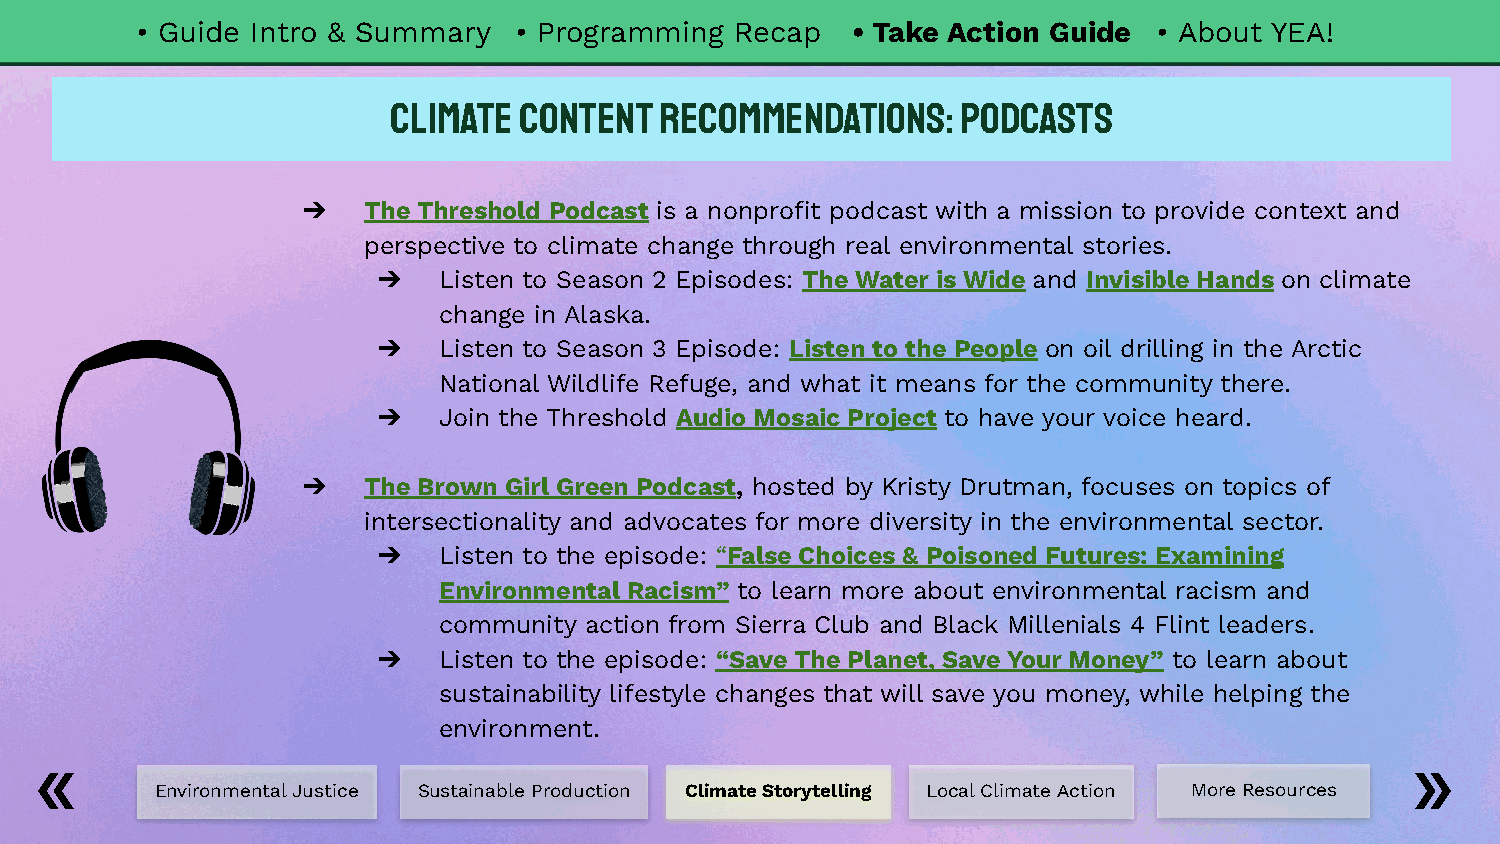
• Guide Intro & Summary  • Programming  Recap  • Take Action Guide  • About YEA!
 Climate Content   Recommendations:    Podcasts
 ➔   The Threshold Podcast is a nonprofit podcast with a mission to provide context and
 perspective to climate change through real environmental stories.
 ➔   Listen to Season 2 Episodes: The Water is Wide and Invisible Hands on climate
 change in Alaska.
 ➔   Listen to Season 3 Episode: Listen to the People on oil drilling in the Arctic
 National Wildlife Refuge, and what it means for the community there.
 ➔   Join the Threshold Audio Mosaic Project to have your voice heard.
 ➔   The Brown Girl Green Podcast, hosted by Kristy Drutman, focuses on topics of
 intersectionality and advocates for more diversity in the environmental sector.
 ➔   Listen to the episode: “False Choices & Poisoned Futures: Examining
 Environmental Racism” to learn more about environmental racism and
 community action from Sierra Club and Black Millenials 4 Flint leaders.
 ➔   Listen to the episode: “Save The Planet, Save Your Money” to learn about
 sustainability lifestyle changes that will save you money, while helping the
 environment.
 Environmental Justice Sustainable Production Climate Storytelling Local Climate Action More Resources